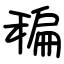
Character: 稨